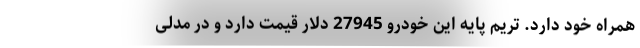
همراه خود دارد. تریم پایه این خودرو 27945 دلار قیمت دارد و در مدلی